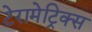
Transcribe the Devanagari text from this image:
टेरामेट्रिक्स